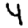
Digit: 4